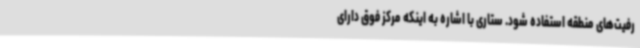
رفیت‌های منطقه استفاده شود. ستاری با اشاره به اینکه مرکز فوق دارای